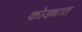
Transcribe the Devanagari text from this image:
कोड्यात